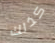
كذلك